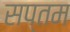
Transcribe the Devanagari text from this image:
सप्‍तम